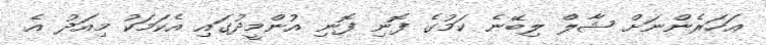
އަހަރެންނަށް ޝާލް ލިބޭނެ ކަމުގެ ފޮނި ފޮނި އުންމީދުގައި އެކަމަކު މިއަދު އެ